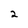
Character: 2